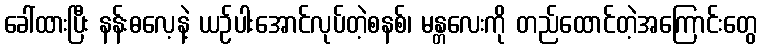
ခေါ်ထားပြီး နန်းဓလေ့နဲ့ ယဉ်ပါးအောင်လုပ်တဲ့စနစ်၊ မန္တလေးကို တည်ထောင်တဲ့အကြောင်းတွေ